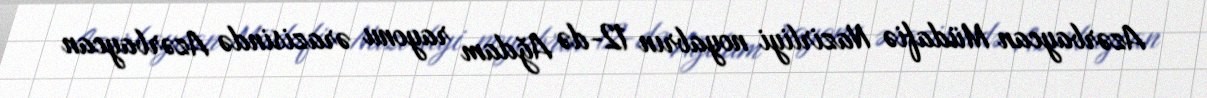
Azərbaycan Müdafiə Nazirliyi noyabrın 12-də Ağdam rayonu ərazisində Azərbaycan